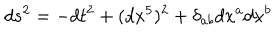
d s ^ { 2 } = - d t ^ { 2 } + ( d x ^ { 5 } ) ^ { 2 } + \delta _ { a b } d x ^ { a } d x ^ { b }